Report on vaccination in Madras 1904-1921 - 1904-1921
Year: 1904
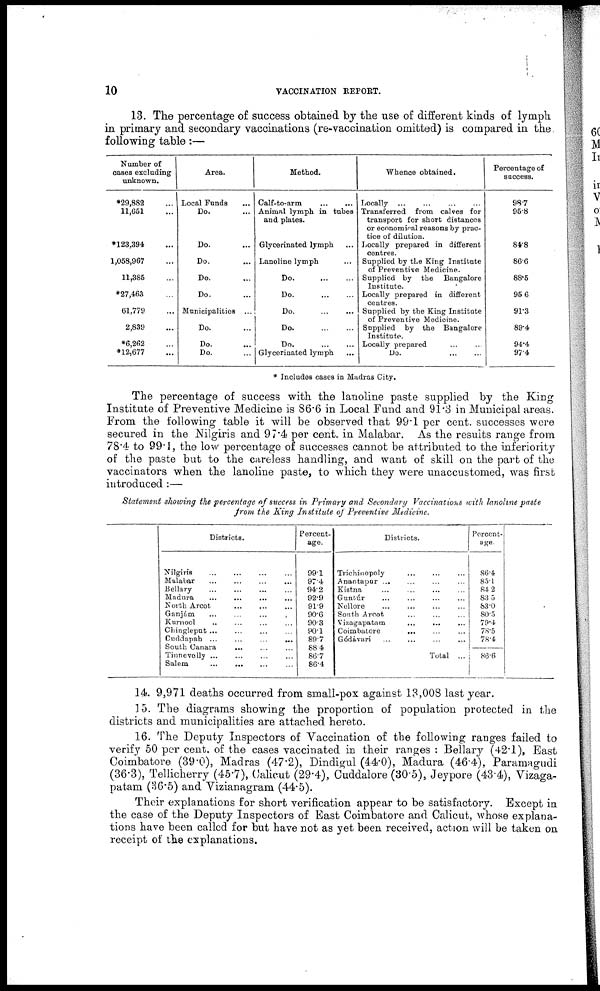
10
VACCINATION REPORT.
13. The percentage of success obtained by the use of different kinds of lymph
in primary and secondary vaccinations (re-vaccination omitted) is compared in the
following table:—
Number of
cases excluding
unknown.
*29,882 ...
11,651 ...
*123.394 ...
1,058,967 ...
11,385 ...
*27,463 ...
61,779 ...
2,839 ...
*6,262 ...
*12,677 ...
Area.
Local Funds ...
Do. ...
Do. ...
Do. ...
Do. ...
Do. ...
Municipalities ...
Do. ...
Do. ...
Do. ...
Method.
Calf-to-arm
...
...
Animal lymph in tubes
and plates.
Glycerinated lymph ...
Lanoline lymph ...
Do.
...
...
Do.
...
...
Do.
...
...
Do.
...
...
Do.
...
...
Glycerinated lymph
...
Whence obtained.
Locally
...
...
...
...
Transferred from calves for
transport for short distances
or economical reasons by prac-
tice of dilution.
Locally prepared in different
centres.
Supplied by the King Institute
of Preventive Medicine.
Supplied by the Bangalore
Institute.
Locally prepared in different
centres.
Supplied by the King Institute
of Preventive Medicine.
Supplied by the Bangalore
Institute.
Locally prepared ... ...
Do.
...
...
Percentage of
success.
98.7
95.8
84.8
86.6
88.5
95.6
91.3
89.4
94.4
97.4
* Includes cases in Madras City.
The percentage of success with the lanoline paste supplied by the King
Institute of Preventive Medicine is 86.6 in Local Fund and 91.3 in Municipal areas.
From the following table it will be observed that 99.1 per cent. successes were
secured in the Nilgiris and 97.4 per cent. in Malabar. As the results range from
78.4 to 99.1, the low percentage of successes cannot be attributed to the inferiority
of the paste but to the careless handling, and want of skill on the part of the
vaccinators when the lanoline paste, to which they were unaccustomed, was first
introduced:—
Statement showing the percentage of success in Primary and Secondary Vaccinations with lanoline paste
from the King Institute of Preventive
Medicine.
Districts.
Nilgiris ... ... ... ...
Malabar
...
...
...
...
Bellary ... ... ... ...
Madura ... ... ... ...
North Arcot
...
...
...
Ganjám
...
...
...
...
Kurnool ... ... ... ...
Chingleput ... ... ... ...
Cuddapah
...
...
...
...
South Canara
... ... ...
Tinnevolly
...
...
...
...
Salem
... ... ... ...
Percent-
age.
99.1
97.4
94.2
92.9
91.9
90.6
90.3
90.1
89.7
88.4
86.7
86.4
Districts.
Trichinopoly
...
...
...
Anantapur ... ... ... ...
Kistna ... ... ... ...
Guntúr ... ... ... ...
Nellore ... ... ... ...
South Arcot.
...
...
...
Vizagapatara ... ... ...
Coimbatore
... ... ...
Gódávari ... ... ... ...
Total ...
Percent-
age.
86.4
85.1
84.2
83.5
83.0
80.5
79.4
78.5
78.4
86.6
14. 9,971 deaths occurred from small-pox against 13,008 last year.
15. The diagrams showing the proportion of population protected in the
districts and municipalities are attached hereto.
16. The Deputy Inspectors of Vaccination of the following ranges failed to
verify 50 per cent. of the cases vaccinated in their ranges : Bellary (42.1), East
Coimbatore (39.0), Madras (47.2), Dindigul (44.0), Madura (46.4), Paramagudi
(36.3), Tellicherry (45.7), Calicut (29.4), Cuddalore (30.5), Jeypore (43.4), Vizaga-
patam (36.5) and Vizianagram (44.5).
Their explanations for short verification appear to be satisfactory. Except in
the case of the Deputy Inspectors of East Coimbatore and Calicut, whose explana-
tions have been called for but have not as yet been received, action will be taken on
receipt of the explanations.